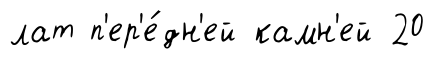
лат п'ер'е́дн'ей камн'ей 20